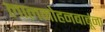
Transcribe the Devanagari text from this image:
लालमोहनबाबूंना